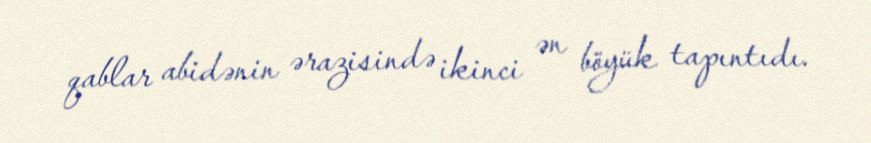
qablar abidənin ərazisində ikinci ən böyük tapıntıdı.